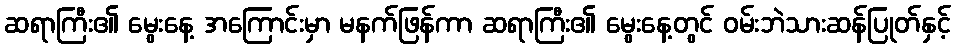
ဆရာကြီး၏ မွေးနေ့ အကြောင်းမှာ မနက်ဖြန်ကာ ဆရာကြီး၏ မွေးနေ့တွင် ဝမ်းဘဲသားဆန်ပြုတ်နှင့်